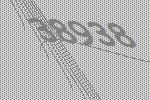
38938